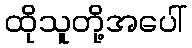
ထိုသူတို့အပေါ်